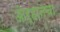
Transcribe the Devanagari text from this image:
ओऱ्हानचा